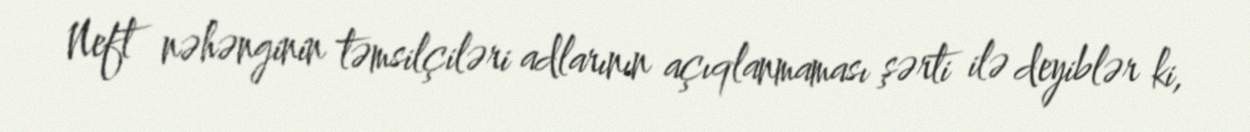
Neft nəhənginin təmsilçiləri adlarının açıqlanmaması şərti ilə deyiblər ki,